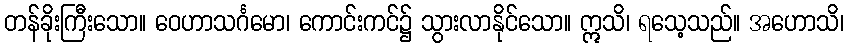
တန်ခိုးကြီးသော။ ဝေဟာသင်္ဂမော၊ ကောင်းကင်၌ သွားလာနိုင်သော။ ဣသိ၊ ရသေ့သည်။ အဟောသိ၊